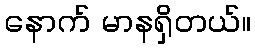
နောက် မာနရှိတယ်။